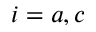
i = a , c